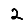
Digit: 2